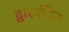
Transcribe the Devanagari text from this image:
द्वारपंडित